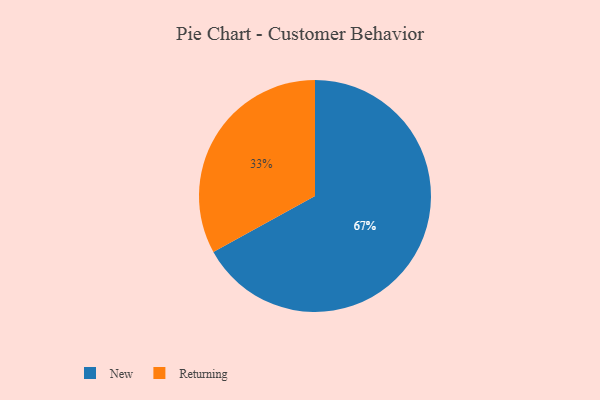
{"axis": {"x": "Category", "y": "Percentage"}, "legend": ["New", "Returning"], "data": [{"x": "New", "y": 67, "type": "New"}, {"x": "Returning", "y": 33, "type": "Returning"}]}